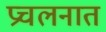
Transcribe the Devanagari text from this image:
प्रचलनात